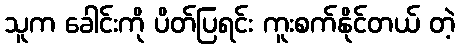
သူက ခေါင်းကို ပိတ်ပြရင်း ကူးစက်နိုင်တယ် တဲ့